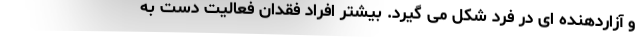
و آزاردهنده ای در فرد شکل می گیرد. بیشتر افراد فقدان فعالیت دست به